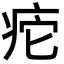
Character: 㾃